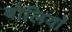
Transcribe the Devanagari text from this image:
बोलियांे